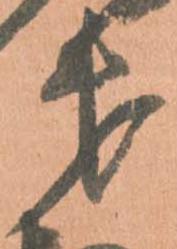
第